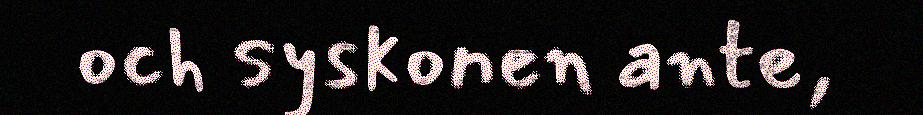
och syskonen ante,